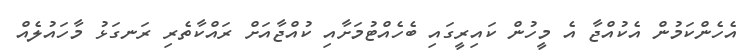
އެހެންކަމުން އެކުއްޖާ އެ މީހުން ކައިރީގައި ބެހެއްޓުމަށާއި ކުއްޖާއަށް ރައްކާތެރި ރަނގަޅު މާހައުލެއް